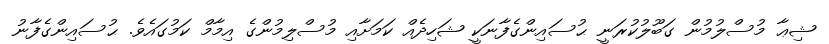
ޝިޢާ މުސްލުމުން ގަބޫލުކުރަނީ ޙުސައިންގެފާނަކީ ޝަހިދެއް ކަމަށާއި މުސްލިމުންގެ އިމާމް ކަމުގައެވެ. ޙުސައިންގެފާނު